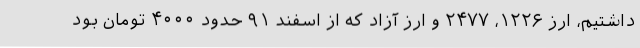
داشتیم، ارز ۱۲۲۶، ۲۴۷۷ و ارز آزاد که از اسفند ۹۱ حدود ۴۰۰۰ تومان بود